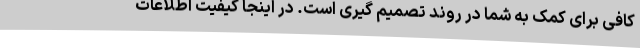
کافی برای کمک به شما در روند تصمیم گیری است. در اینجا کیفیت اطلاعات